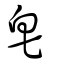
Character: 皂